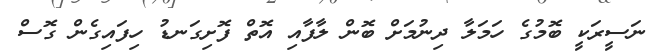
ނަސީރަކީ ބޮމުގެ ހަމަލާ ދިނުމަށް ބޮން ލާފާއި އޮތް ފޮށިގަނޑު ހިފައިގެން ގޮސް